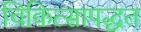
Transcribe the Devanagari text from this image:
चिकित्सापद्धत